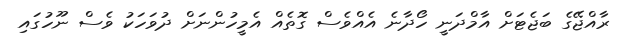
ރާއްޖޭގެ ބަޖެޓަށް އާމްދަނީ ހޯދާނެ އެއްވެސް ގޮތެއް އެމީހުންނަށް ދުވަހަކު ވެސް ނޫހުގައި